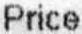
PRICE